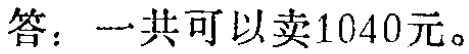
答：一共可以卖1040元。